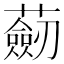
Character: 𧂆